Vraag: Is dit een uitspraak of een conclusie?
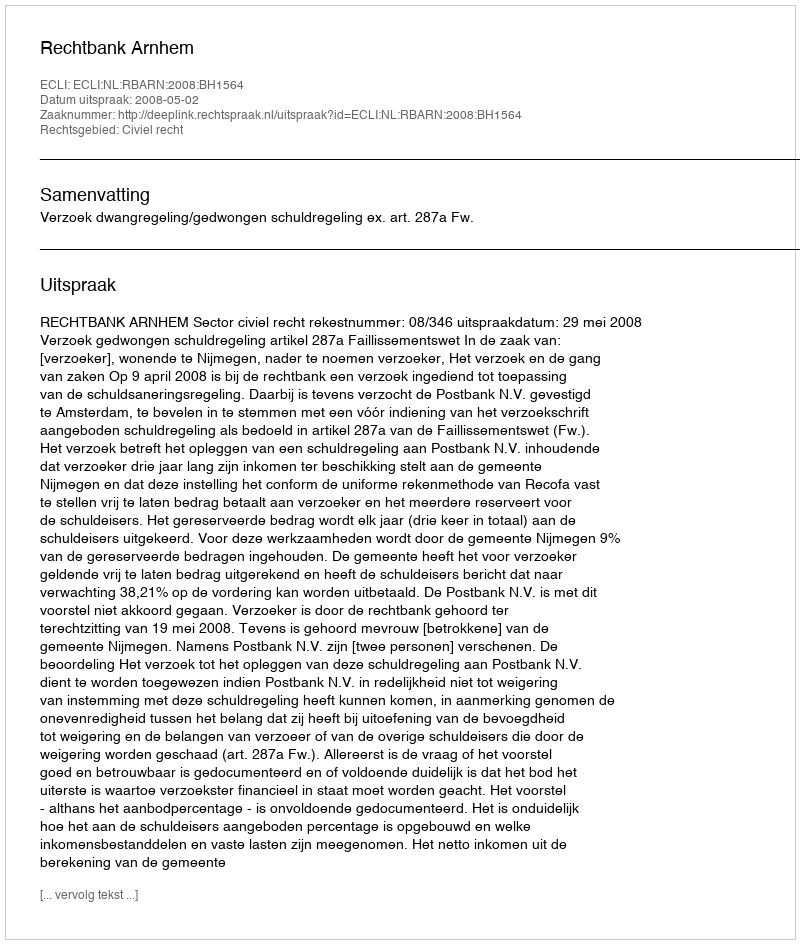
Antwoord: Uitspraak